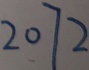
2 0 7 2